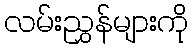
လမ်းညွှန်များကို